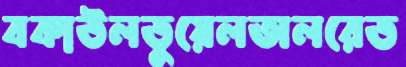
বকাউলডুয়েলঅলরেড